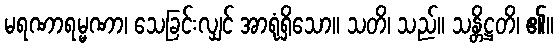
မရဏာရမ္မဏာ၊ သေခြင်းလျှင် အာရုံရှိသော။ သတိ၊ သည်။ သန္တိဋ္ဌတိ၊ ၏။